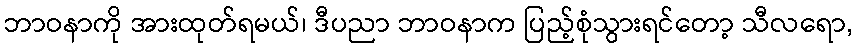
ဘာဝနာကို အားထုတ်ရမယ်၊ ဒီပညာ ဘာဝနာက ပြည့်စုံသွားရင်တော့ သီလရော,